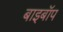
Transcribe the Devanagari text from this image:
बाइबॉप